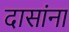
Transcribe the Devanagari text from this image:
दासांना